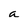
Character: a